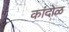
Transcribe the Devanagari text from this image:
कांदोळ